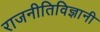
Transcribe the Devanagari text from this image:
राजनीतिविज्ञानी